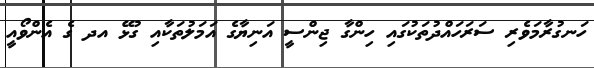
ހަނގުރާމަވެރި ސަރަހައްދުތަކުގައި ހިންގާ ޖިންސީ އަނިޔާގެ އަމަލުތަކާއި ގުޅޭ އދ ގެ އެންވޯއީ